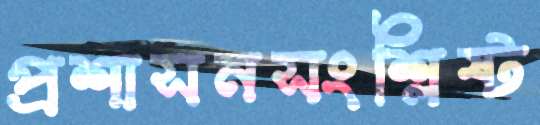
প্রশাসনসংশ্লিষ্ট